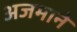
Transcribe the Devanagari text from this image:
अजमाने